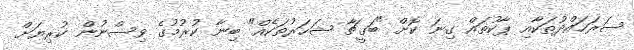
ސަރަހައްދުތަކާއި ޕާކުތައް ގިނަ ކޮށް "ބަގީޗާ ޝަހަރުތަކެއް" ބިނާ ކުރުމުގެ ވިސްނުން ކުރިޔަށް